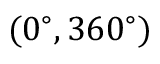
( 0 ^ { \circ } , 3 6 0 ^ { \circ } )